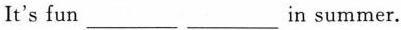
It's fun___ ___in summer.